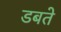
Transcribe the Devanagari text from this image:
डबते